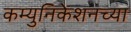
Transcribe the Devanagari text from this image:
कम्युनिकेशनच्या